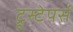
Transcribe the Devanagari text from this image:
ट्रूस्टेपर्स